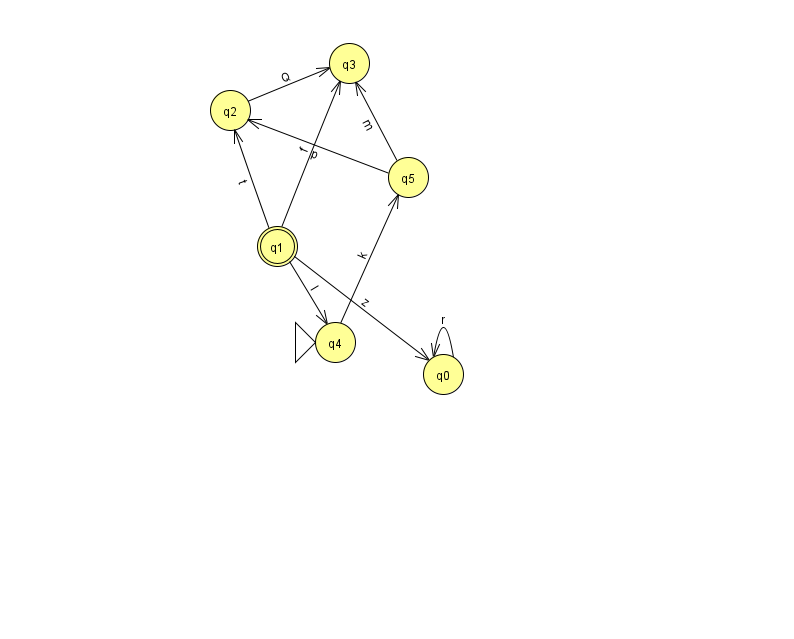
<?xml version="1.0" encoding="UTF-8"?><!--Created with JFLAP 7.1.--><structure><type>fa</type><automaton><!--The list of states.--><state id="0" name="q0"><x>443.0</x><y>361.0</y></state><state id="1" name="q1"><x>277.0</x><y>233.0</y><final/></state><state id="2" name="q2"><x>230.0</x><y>97.0</y></state><state id="3" name="q3"><x>349.0</x><y>50.0</y></state><state id="4" name="q4"><x>335.0</x><y>329.0</y><initial/></state><state id="5" name="q5"><x>408.0</x><y>164.0</y></state><!--The list of transitions.--><transition><from>2</from><to>3</to><read>Q</read></transition><transition><from>0</from><to>0</to><read>r</read></transition><transition><from>5</from><to>2</to><read>p</read></transition><transition><from>4</from><to>5</to><read>k</read></transition><transition><from>1</from><to>0</to><read>z</read></transition><transition><from>1</from><to>2</to><read>t</read></transition><transition><from>1</from><to>3</to><read>f</read></transition><transition><from>1</from><to>4</to><read>l</read></transition><transition><from>5</from><to>3</to><read>m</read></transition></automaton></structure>